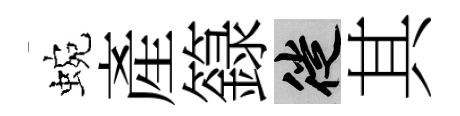
蜿產籙徙其